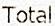
TOTAL